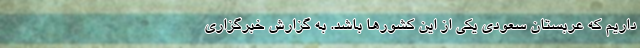
داریم که عربستان سعودی یکی از این کشورها باشد. به گزارش خبرگزاری